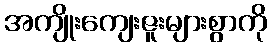
အကျိုးကျေးဇူးများစွာကို